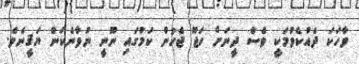
ވާހަކަ ދެއްކެވުމަކީ ވެސް ދީނަށް ހަޖޫ ޖެހުން ކަމުގައި ނޫނީ ނުވާނެކަން ޔަޤީނެވެ.